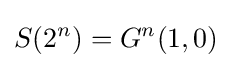
S(2^{n})=G^{n}(1,0)